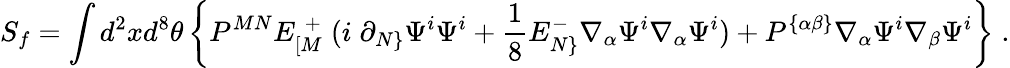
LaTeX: S_{f}=\int d^{2}xd^{8}\theta\left\{ P^{MN}E_{[M}^{\; +}\; (i\; \partial_{N\} }\Psi^{i}\Psi^{i}+{\frac{1}{8}}E_{N\} }^{-}\nabla_{\alpha}\Psi^{i}\nabla_{\alpha}\Psi^{i})+P^{\{ \alpha\beta\} }\nabla_{\alpha}\Psi^{i}\nabla_{\beta}\Psi^{i}\right\} \; .